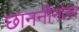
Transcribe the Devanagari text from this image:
छाननीनंतर